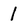
Character: 1